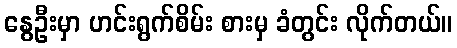
နွေဦးမှာ ဟင်းရွက်စိမ်း စားမှ ခံတွင်း လိုက်တယ်။